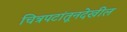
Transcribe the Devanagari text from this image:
चित्रपटांतूनदेखील